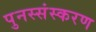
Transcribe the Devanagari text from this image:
पुनस्संस्करण